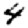
Digit: 4